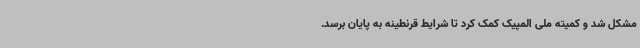
مشکل شد و کمیته ملی المپیک کمک کرد تا شرایط قرنطینه به پایان برسد.